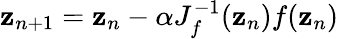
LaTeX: {\mathbf z}_{n+1}={\mathbf z}_{n}-\alpha J_{f}^{-1}({\mathbf z}_{n})f({\mathbf z}_{n})